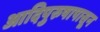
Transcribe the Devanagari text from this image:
आदिपुरुषापासून